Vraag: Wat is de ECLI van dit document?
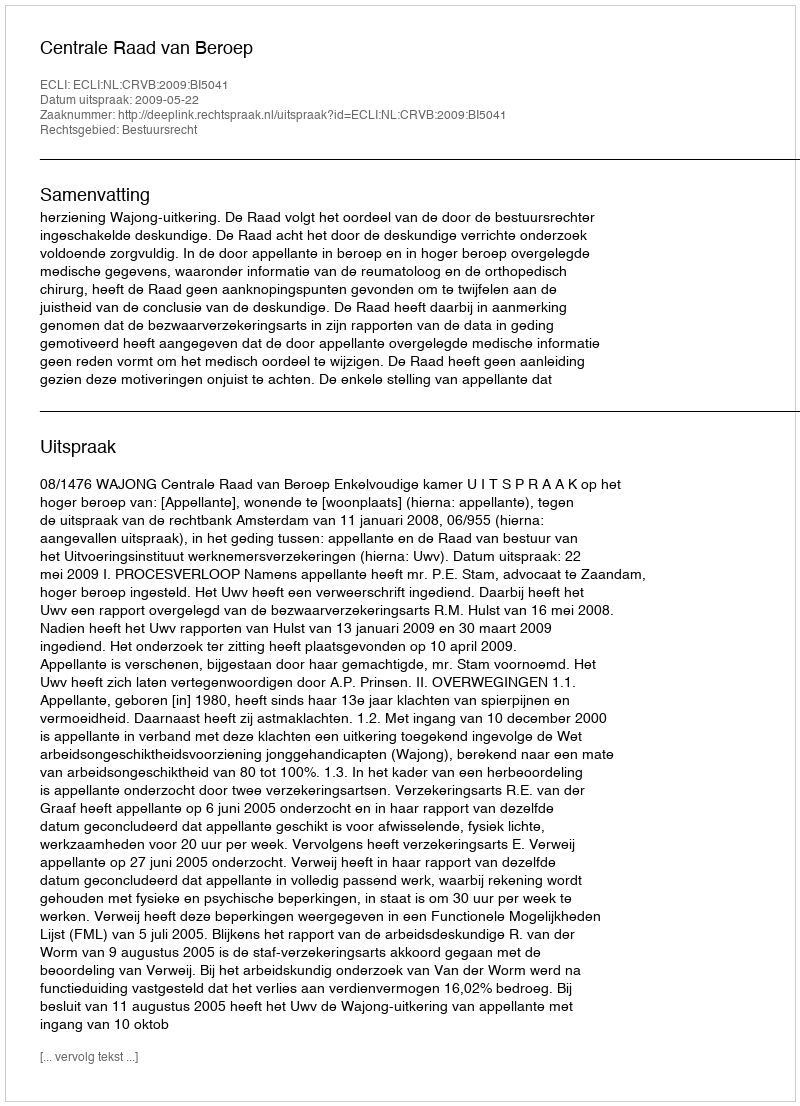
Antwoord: ECLI:NL:CRVB:2009:BI5041